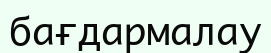
бағдармалау